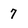
Character: 7